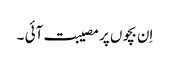
اِن بچوں پر مصیبت آئی ۔